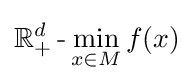
\mathbb {R} _{+}^{d}\operatorname {-} \min _{x\in M}f(x)